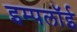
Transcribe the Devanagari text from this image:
इम्पलॉई